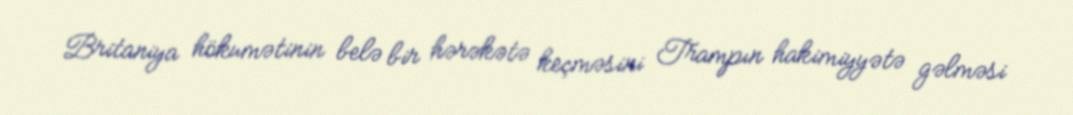
Britaniya hökumətinin belə bir hərəkətə keçməsini Trampın hakimiyyətə gəlməsi